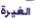
الغيرة